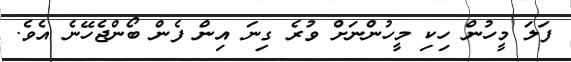
ފަލަ މީހުން ހިކި މީހުންނަށް ވުރެ ގިނަ އިން ފެން ބޯންޖެހޭނެ އެވެ.